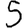
Digit: 5